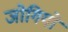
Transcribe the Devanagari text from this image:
जोगियो